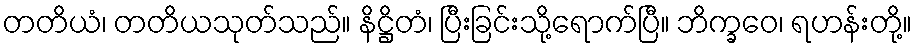
တတိယံ၊ တတိယသုတ်သည်။ နိဋ္ဌိတံ၊ ပြီးခြင်းသို့ရောက်ပြီ။ ဘိက္ခဝေ၊ ရဟန်းတို့။